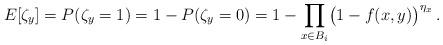
LaTeX: \begin{align*}E[\zeta_y]=P(\zeta_y=1)=1-P(\zeta_y=0)= 1-\prod_{x\in B_i}\bigl(1-f(x,y)\bigr)^{\eta_x}\,.\end{align*}